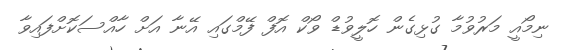
ނިމޯއީ މަރުވުމާ ގުޅިގެން ހޮލީވުޑް ވޯކް އޮފް ފޭމްގައި އޭނާ އަށް ހާއްސަކޮށްފައިވާ